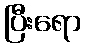
ပြီးရော